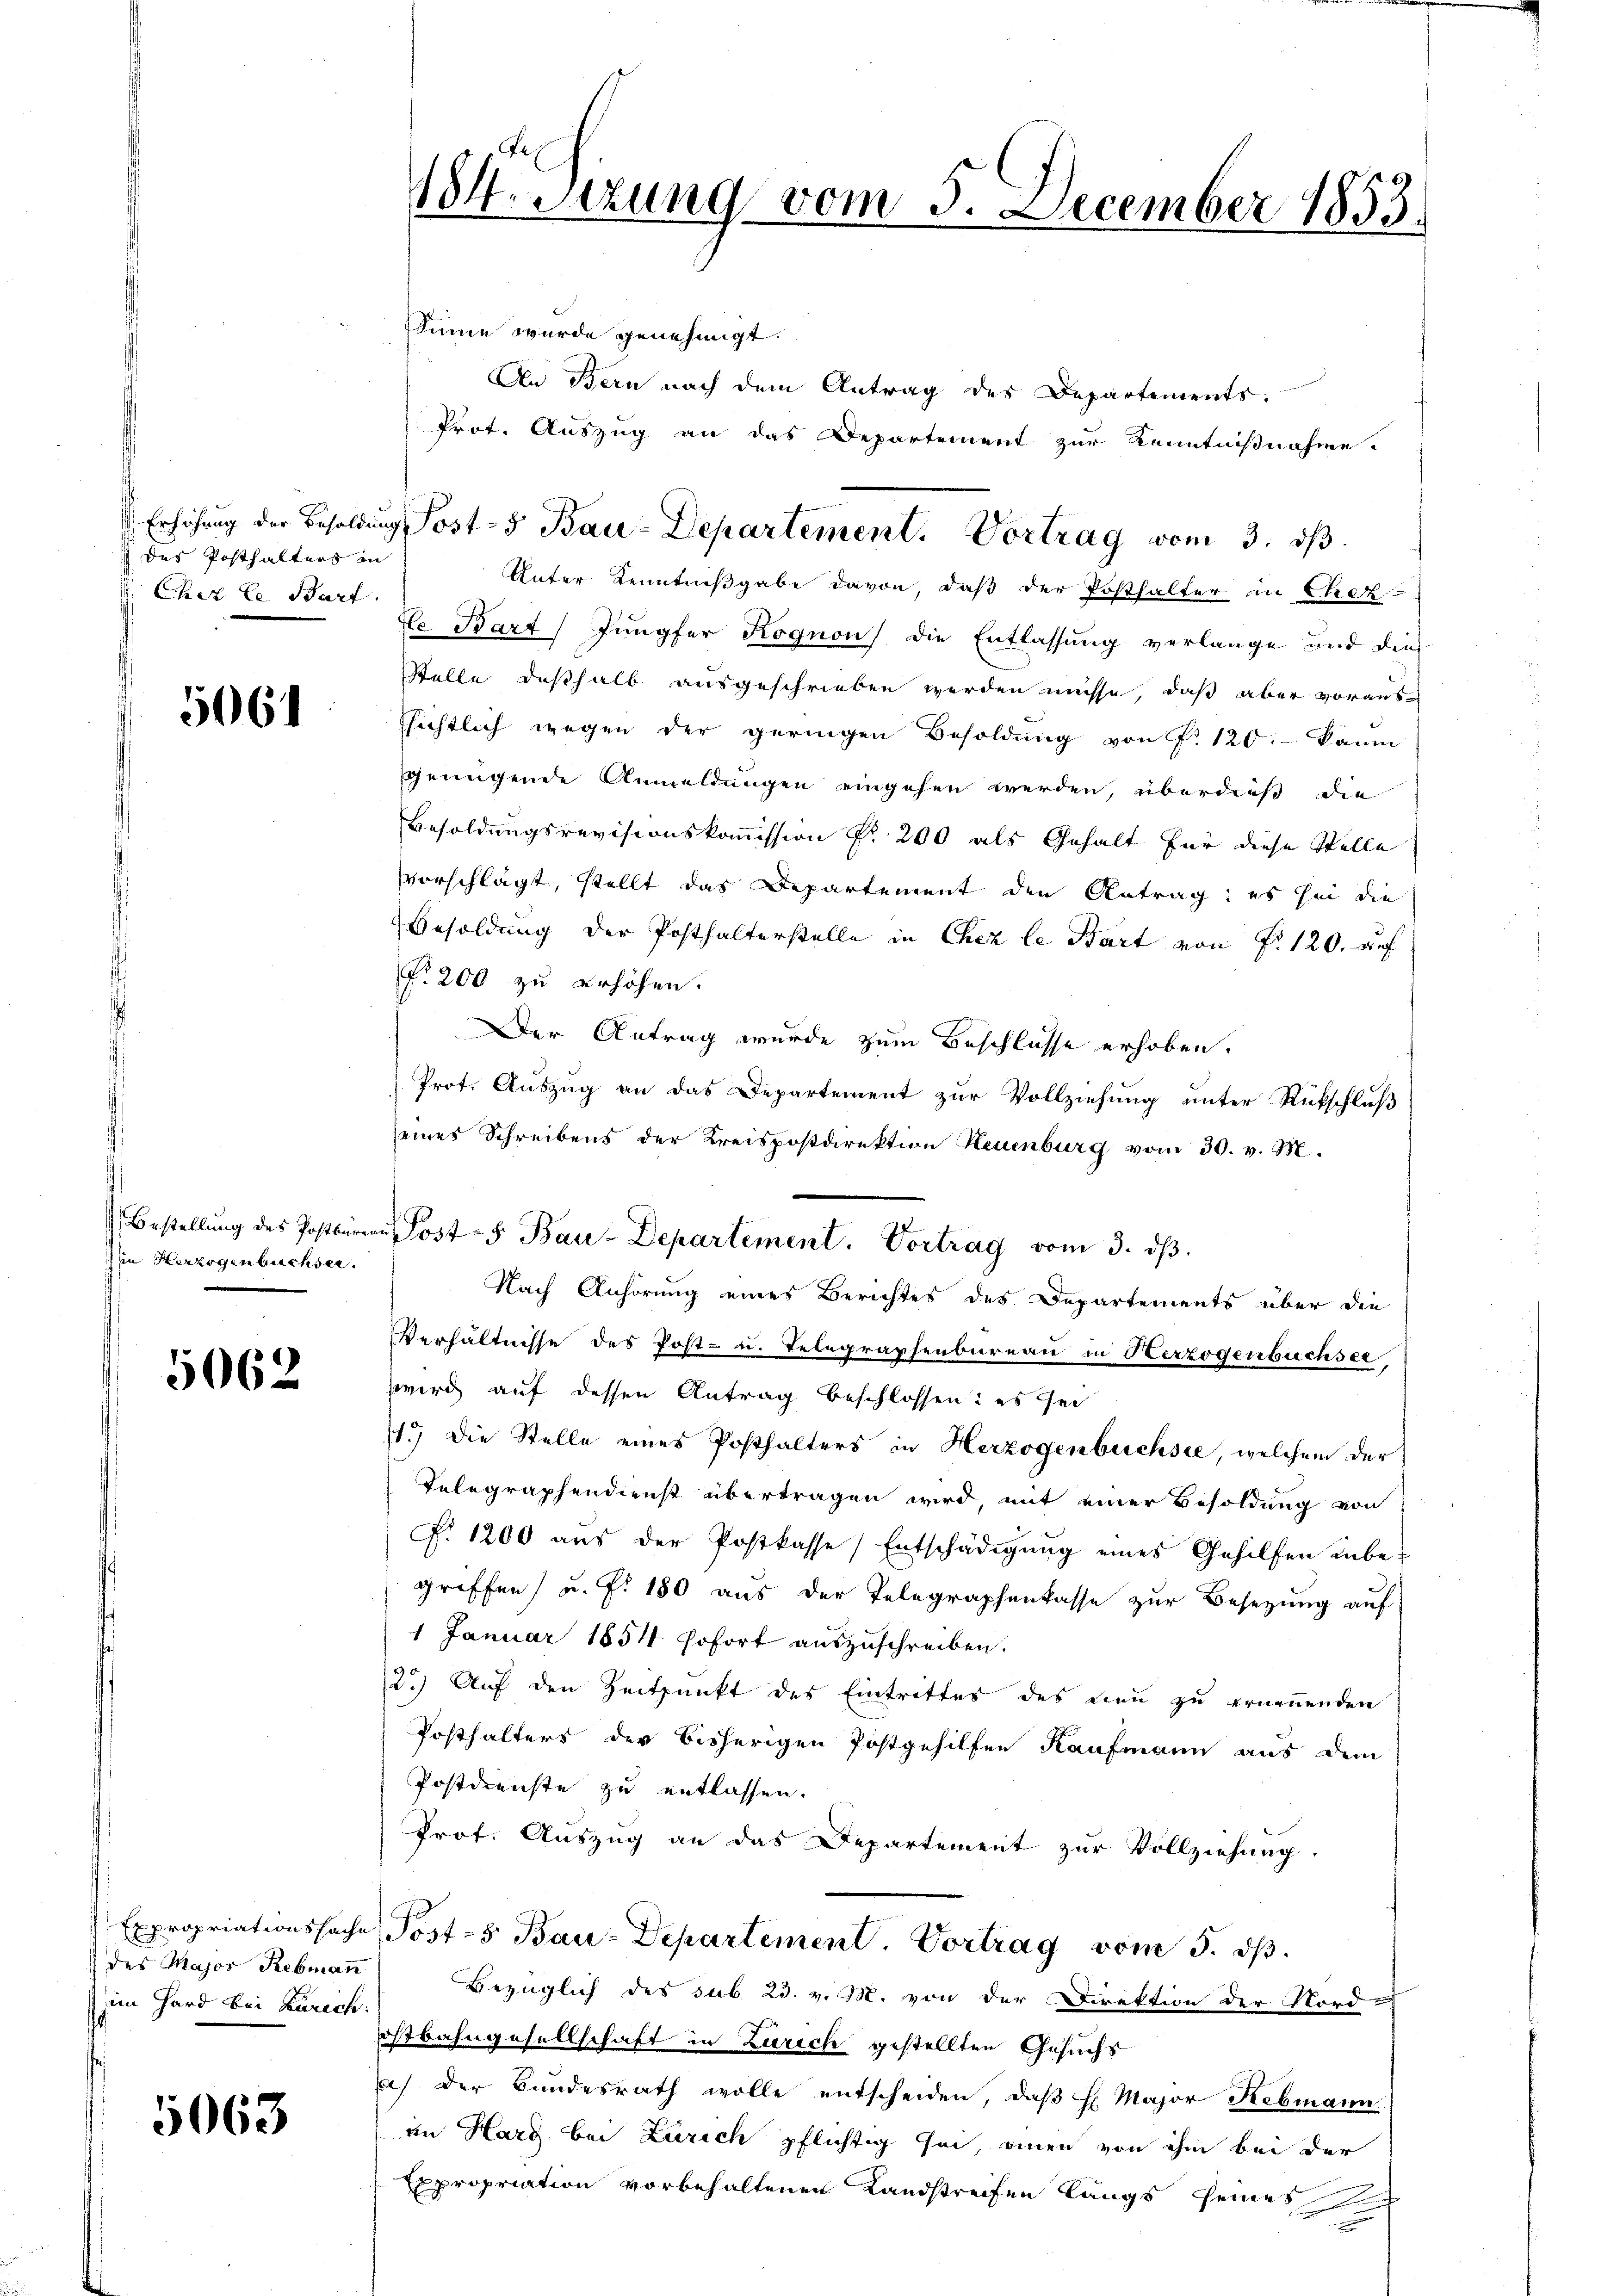
des Posthalters in
Chez le Bart

5064

Bestellung des Postbüre
in Herzogenbüchsee.

5062

Expropriationssache
des Major Rebman
um Hard bei Zürich.

5063

184. Setzung vom 5. December 1853.

Sinne wurde genehmigt.
An Bern nach dem Antrag des Departements:
Prot. Auszug an das Departement zur Kenntnißnahme.
Unter Kenntnißgabe davon, daß der Posthalter in Chez
te Bart Jungfer Kognon) die Entlassung verlange und die
Stelle deßhalb ausgeschrieben werden müsse, daß aber vorausssichtlich wegen der geringen Besoldung von P. 120 kaum
sgrungende Anmeldungen eingehen werden, überdieß die
Besoldungsrevisionskommission fr. 200 als Gehalt für diese Stelle
vvorschlägt, stellt das Departement den Antrag: es sei die
Besoldung der Posthalterstelle in Chez le Bart von P. 120. auf
f. 200 zu erhöhen.
Der Antrag wurde zum Beschlusse erhoben.
Prot. Auszug an das Departement zur Vollziehung unter Rückschluß
seines Schreibens der Kreispostdirektion Neuenburg vom 30. v. M.
Nach Anhörung eines Berichtes des Departements über die
Verhältnisse des Post- u. Telegraphenbureau in Herzogenbüchser,
wird auf dessen Antrag beschlossen: es sei
1.) Die Stelle eines Posthalters in Herzogenbüchsee, welchem der
Telegraphendienst übertragen wird, mit einer Besoldung von
P. 1200 aŭs der Postkasse Entschädigŭng eines Gehilfen unbe-
griffen) u. f. 180 aus der Telegraphenkasse zur Besetzung auf
1 Januar 1854 sofort auszuschreiben.
2.) Auf den Zeitpunkt des Eintrittes des Leu zu ernennenden
Posthalters der bisherigen Postgehilfen Kaufmann aus dem
Postdienste zu entlassen.
Prot. Aŭszŭg an das Departement zŭr Vollziehung.
Post-s Bau-Departement. Vortrag vom 5. dβ.
Bezüglich des sub. 23. v. M. von der Direktion der Nord-
ostbahngesellschaft in Zürich gestellten Gesuchs
) der Bundesrath wolle entscheiden, daβ E. Major Rebmann
im Harz bei Zürich pflichtig sei, einen von ihm bei der
Expropriation vorbehaltenen Landstreifen längs seines

Erhöhung der Besoldung Post- 5 Bau-Departement. Vortrag vom 3. dβ.

an Posts Bau-Departement. Vortrag vom 3. dβ.